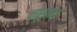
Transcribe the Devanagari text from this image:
चोरूनच